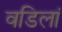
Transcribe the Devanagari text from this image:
वडिलां